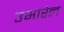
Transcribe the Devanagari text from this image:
उभारेल